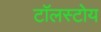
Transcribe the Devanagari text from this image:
टॉलस्टोय